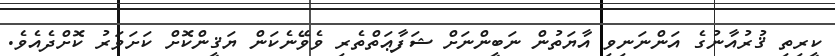
ކީރިތި ޤުރުއާނުގެ އަންނަނިވި އާޔަތުން ނަބީންނަށް ޝަފާޢަތްތެރި ވެވޭނެކަން ޔަޤީންކޮށް ކަށަވަރު ކޮށްދެއެވެ.